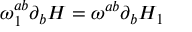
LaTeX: \omega _ { 1 } ^ { a b } \partial _ { b } H = \omega ^ { a b } \partial _ { b } H _ { 1 }